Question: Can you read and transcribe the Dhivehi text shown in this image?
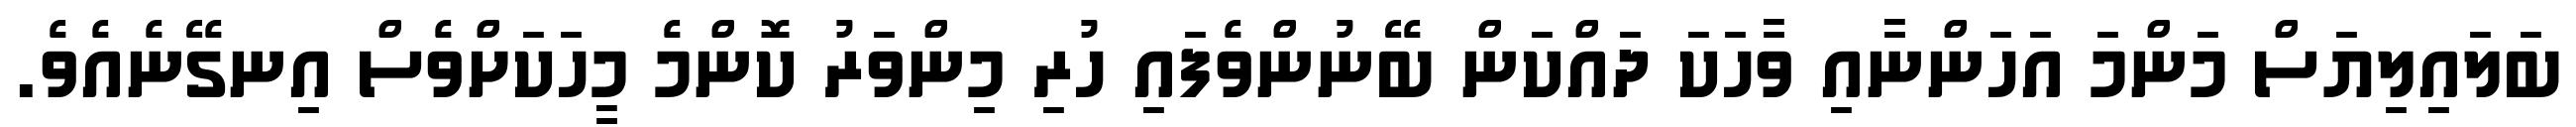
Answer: ބަލައިލިޔަސް މަންމަ އަހަންނާއި ވާހަކަ ދައްކަން ބޭނުންވެފައި ހުރި މިންވަރު ކޮންމެ މީހަކަށްވެސް އިނގޭނެއެވެ.